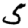
Digit: 5